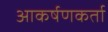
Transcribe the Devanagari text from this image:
आकर्षणकर्ता